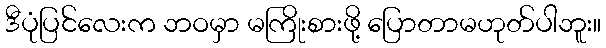
ဒီပုံပြင်လေးက ဘဝမှာ မကြိုးစားဖို့ ပြောတာမဟုတ်ပါဘူး။